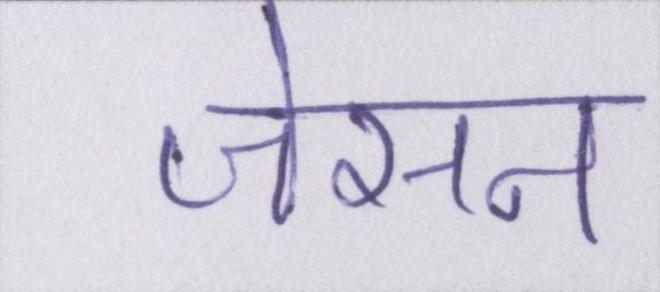
जेसन